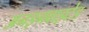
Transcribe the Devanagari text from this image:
अनइनवाइटेड